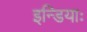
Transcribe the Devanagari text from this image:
इन्डियाः